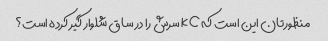
منظورتان این است که kc سرش را در ساق شلوار گیر کرده است؟